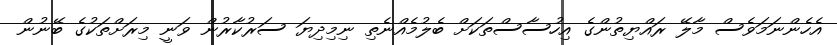
އެހެންނަމަވެސް މާލޭ ރައްޔިތުންގެ އިހުސާސްތަކަށް ބެލުމެއްނެތި ނިމިދިޔަ ސަރުކާރުން ވަނީ މިރަށްތަކުގެ ބޭނުން